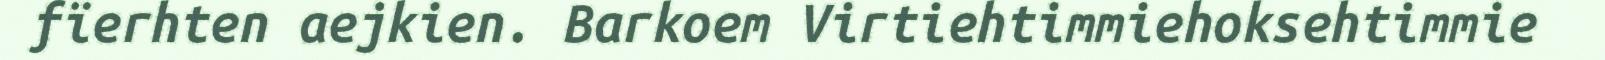
fïerhten aejkien. Barkoem Virtiehtimmiehoksehtimmie